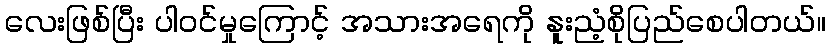
လေးဖြစ်ပြီး ပါဝင်မှုကြောင့် အသားအရေကို နူးညံ့စိုပြည်စေပါတယ်။